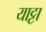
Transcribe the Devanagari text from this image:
याट्टा